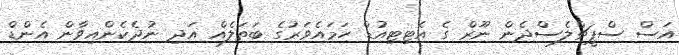
އަސް ސްޕީޗްލެސްދެން ނޫރް ގެ އެޓިޓިއުޑް ހަމައެވަރުގެ ބަތަލެއް އަދި ނުދެކެންއިވާން އެންޑް